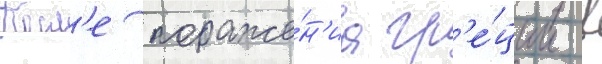
Посл'е пораже́н'иа гр'е́ции в